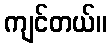
ကျင်တယ်။